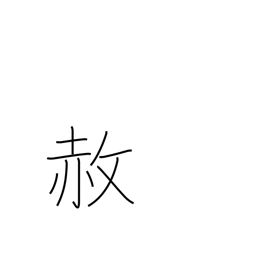
Meaning: pardon